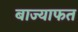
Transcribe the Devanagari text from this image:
बाज्याफत